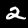
Label: 2